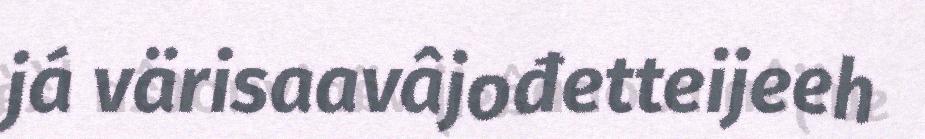
já värisaavâjođetteijeeh